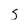
Character: S